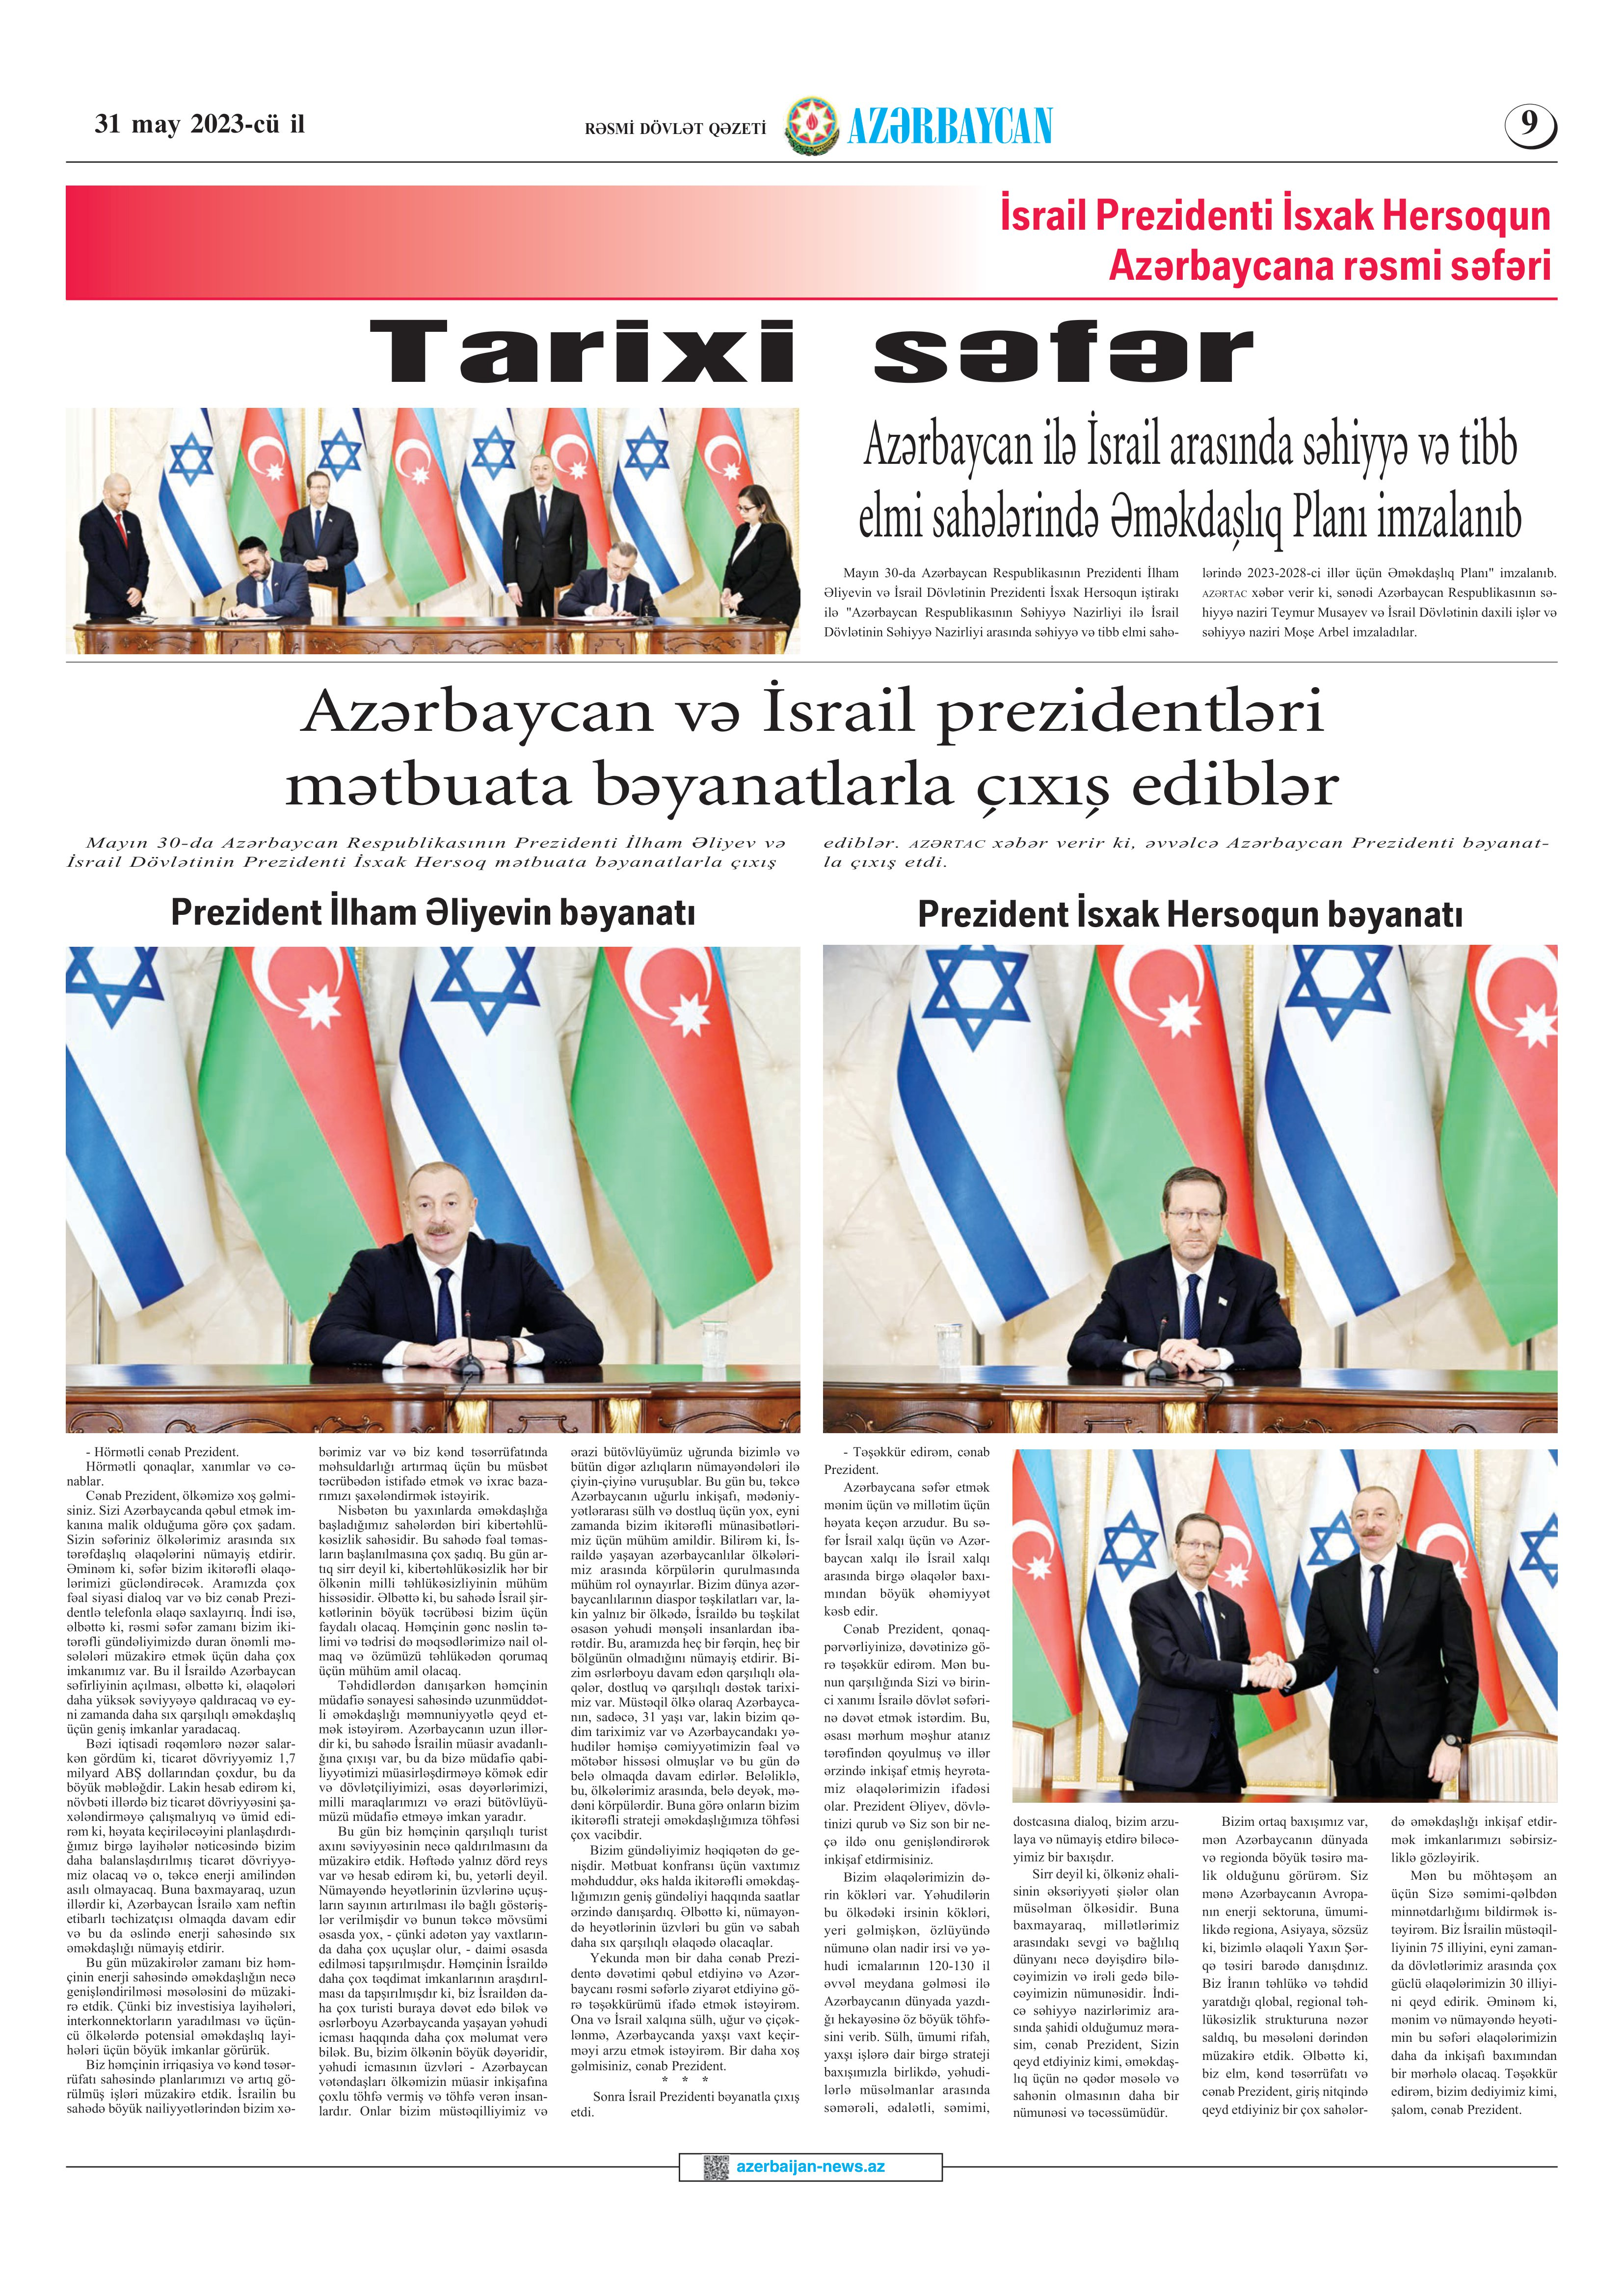
Language: az